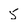
Character: 5